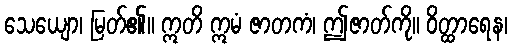
သေယျော၊ မြတ်၏။ ဣတိ ဣမံ ဇာတကံ၊ ဤဇာတ်ကို။ ဝိတ္ထာရေန၊